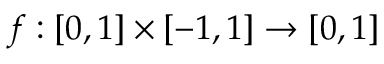
f : [ 0 , 1 ] \times [ - 1 , 1 ] \to [ 0 , 1 ]